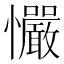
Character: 𢥴